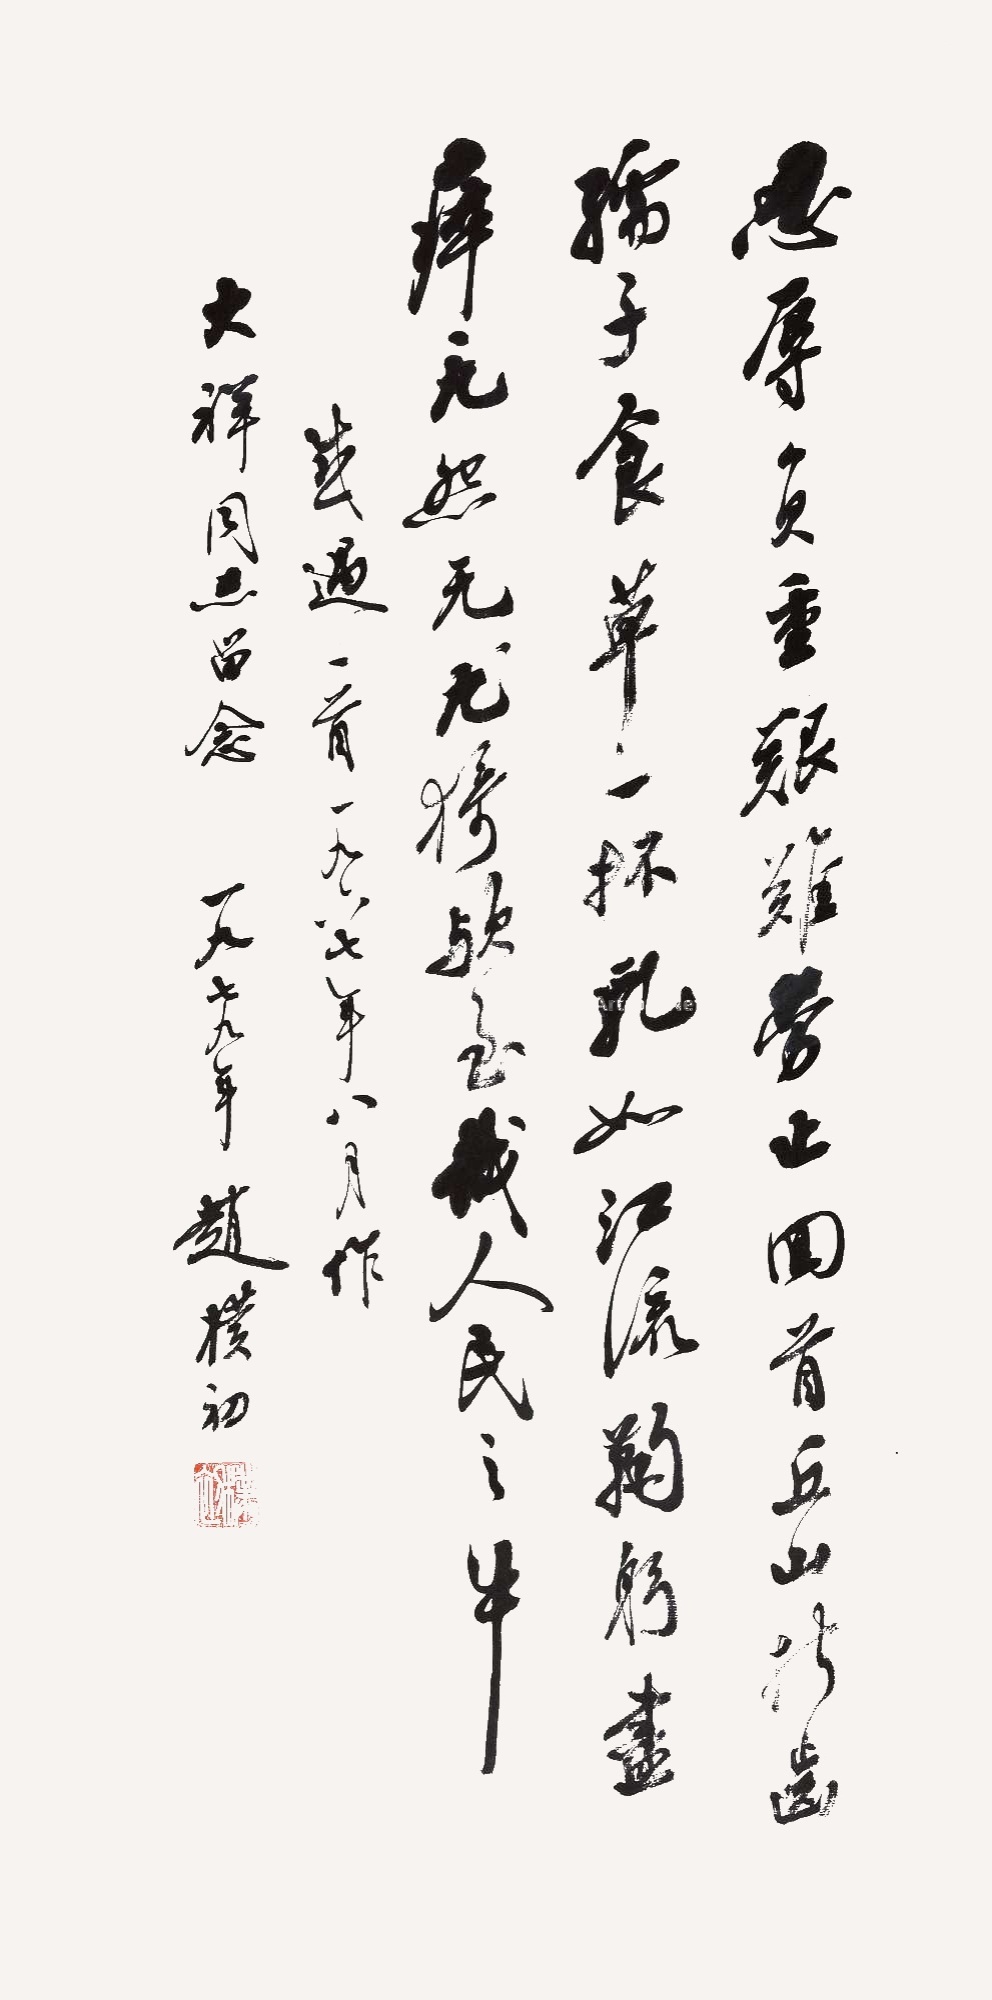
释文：忍辱负重，艰难劳止。回首丘山，折齿孺子。食草一抔，乳如江流。鞠躬尽瘁，无怨无尤。猗欤至哉，人民之牛。《感遇》一首。一九六七年八月作。大祥同志留念，一九七九年，赵朴初。